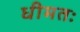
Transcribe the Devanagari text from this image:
धीमतः